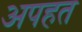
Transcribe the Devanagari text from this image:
अपहत